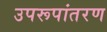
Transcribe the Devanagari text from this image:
उपरूपांतरण